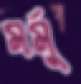
মর্মু